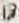
Text: 18